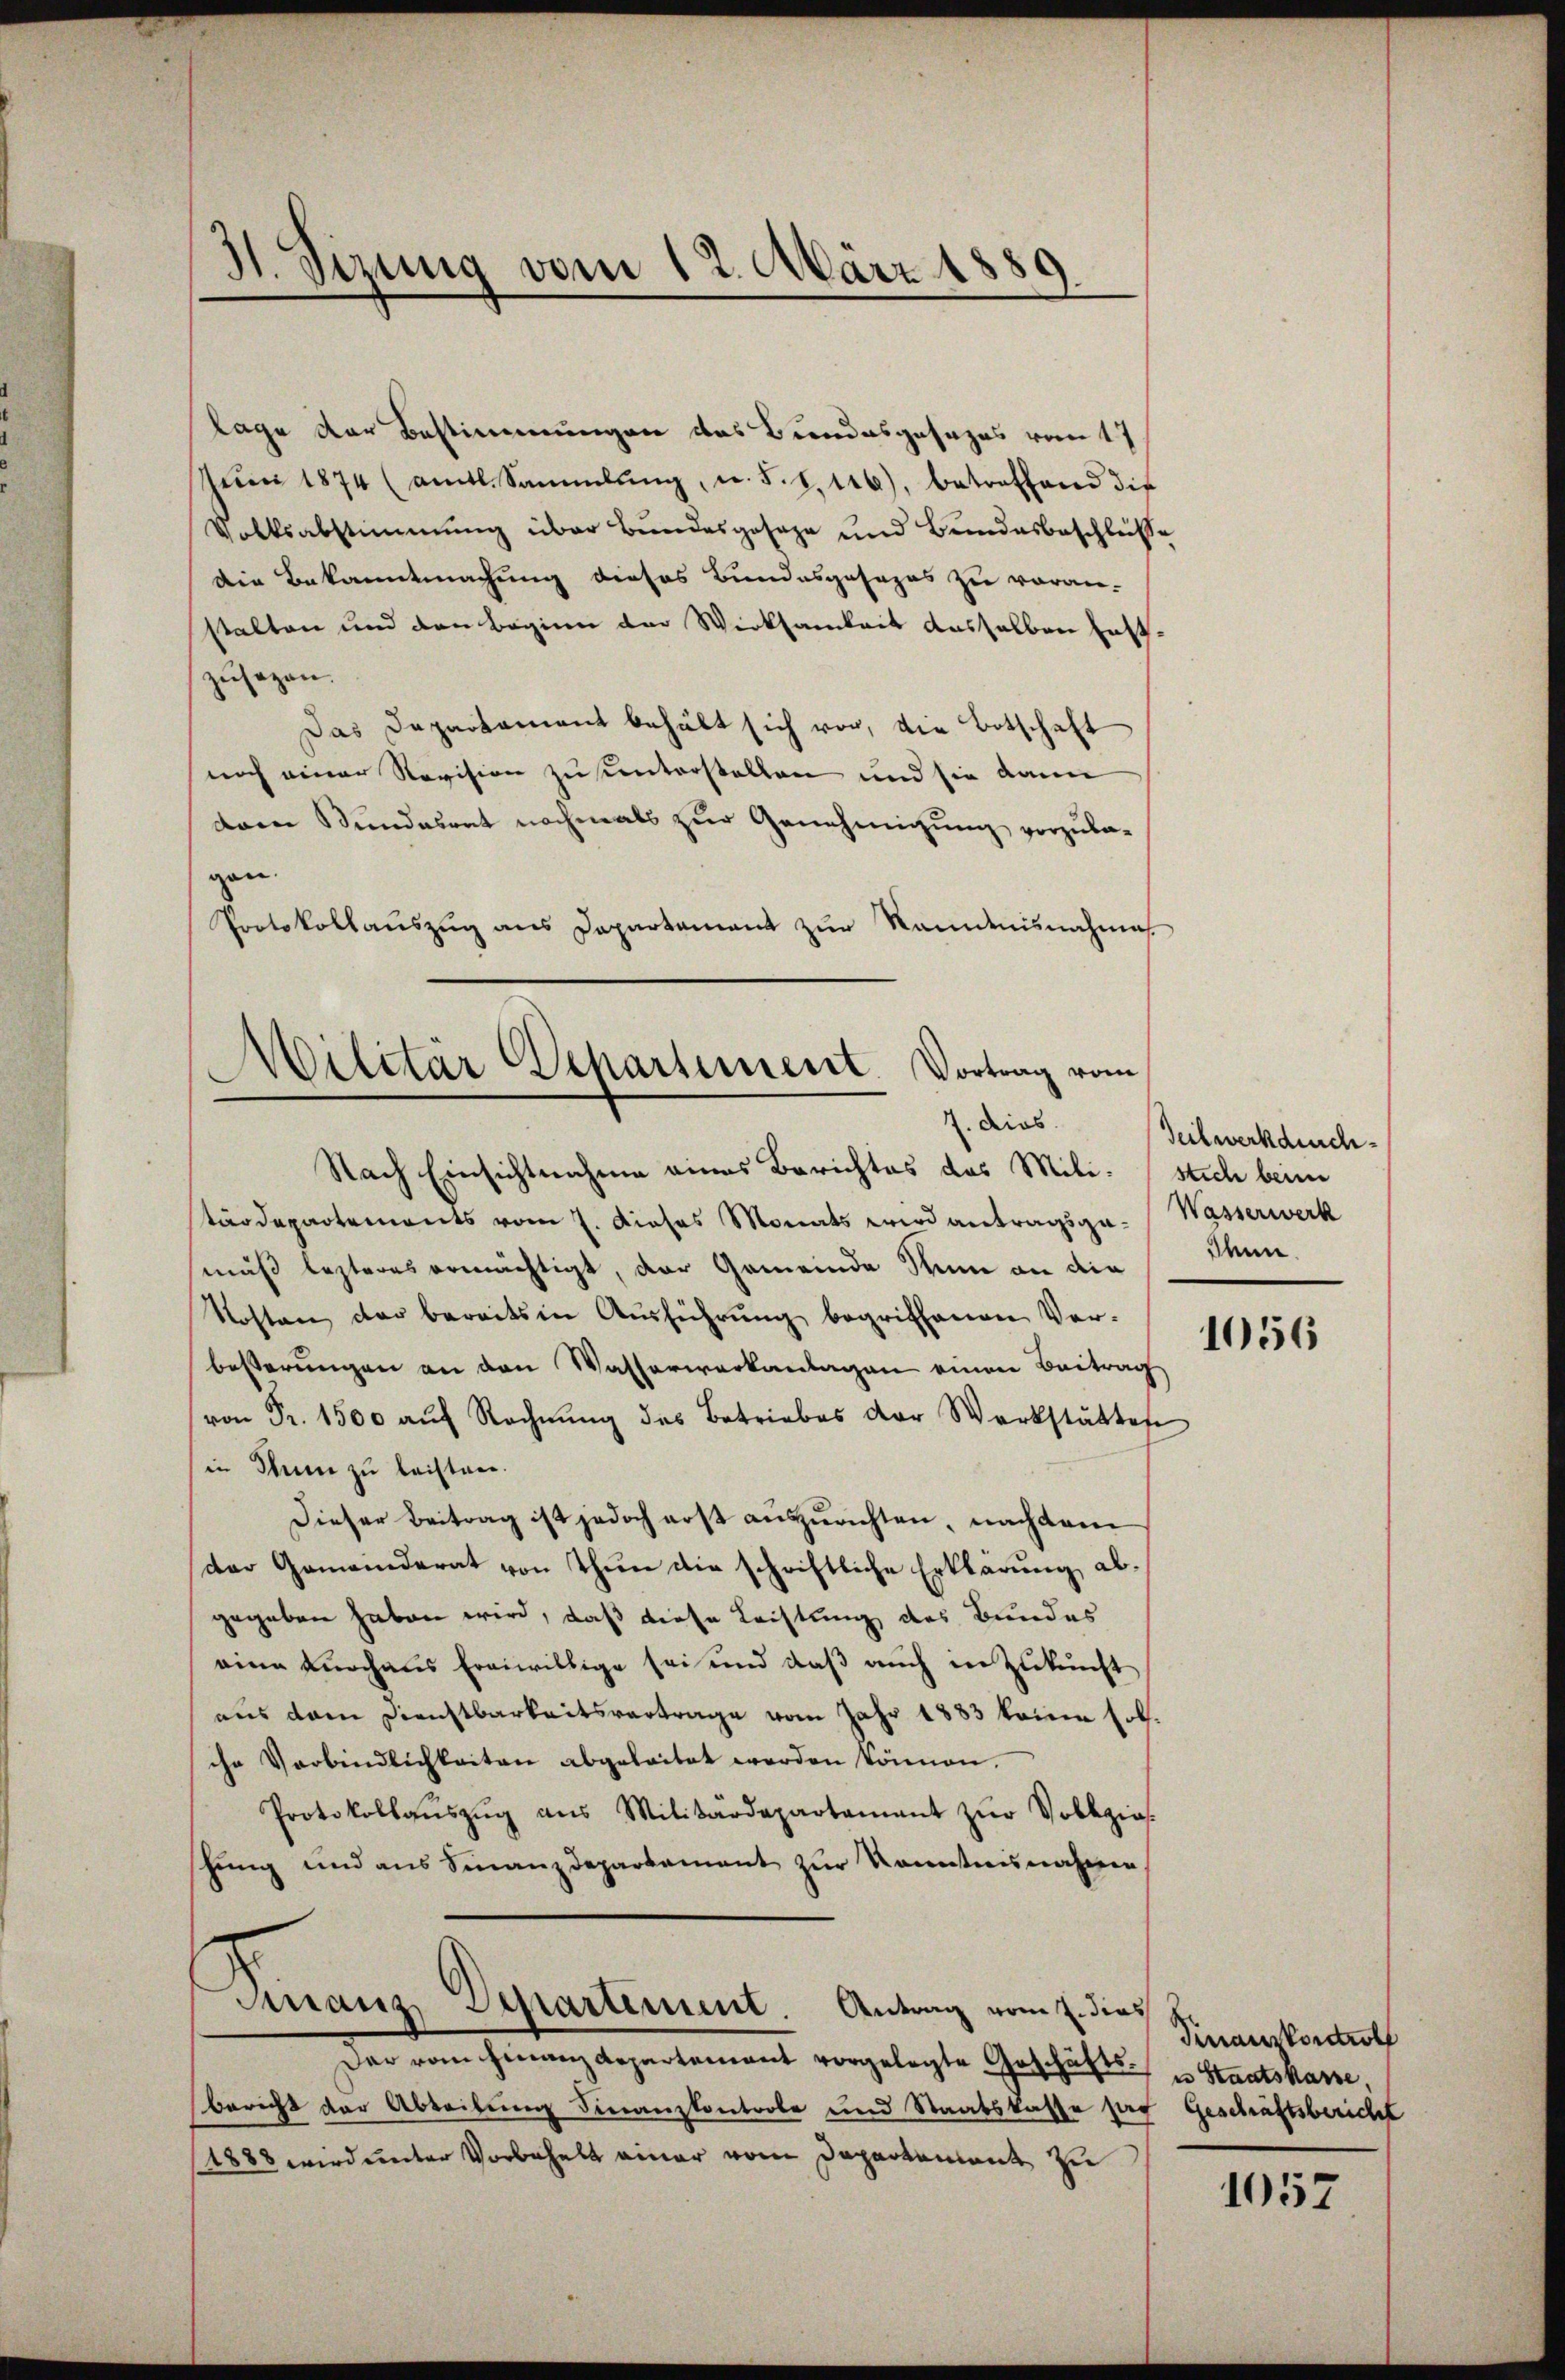
H. Sizung vom 12. März 1889

lage der Bestimmungen des Bundesgesezes von 17
Juni 1874 (amtl. Sammlung, u. S. S. 116), betreffend die
Volksabstimmung über Bundesgeseze und Bundesbeschlüße
Die Bekanntmachung dieses Bundesgesezes zu voran-
stalten und den Beginn der Wirksamkeit dasselben festzusagen.
Das Departament behält sich vor, die Botschaft
noch einer Revision zu unterstellen und sie dann
dren Bundesrat nochmals zur Genehmigung vorzula-
gen.
Protokollauszug aus Departement zur Kenntnisnahme
Militär Departement. Vortrag vom
Z. dies
Nach Einsichtnahme eines Berichtes das Mili-stich beim
tärdepartements vom 7. Dieses Monats wird antragsga- Wasserwerk
muß lezteres ermächtigt, der Gemeinde Sinn an die
Kosten der bereits in Aŭsführŭng begriffenen Ver-
besserungen an den Wasserwerkanlagen einen Beitrag

von Fr. 1500 aŭf Rechnŭng des Betriebes der Werkstättes
in Mann zu leisten.
Dieser Beitrag ist jedoch erst auszurichten, nachdem
der Gemeinderat von There die schriftliche Erklärung abgegeben haben wird, daß diese Leistung des Bundes
eine Knoch aus freiwillige sei und daß auch in Zukunft
aus dem Dienstbarkeitsvertrage vom Jahr 1883 keine soll.
che Verbindlichkeiten abgeleitet werden können.
Protokollaŭszŭg ans Militärdepartament zŭr Vollzias.
shung und aus Finanzdepartement zur Kenntnisnahme
Finanz Departement. Antrag vom 2. dies
Der vom Finanz Repartement vorgelegte Geschäfts- u Staatskasse
bericht der Abteilung Finanzkontrole und Staatskasse ses Geschäftsbericht
(1888 wird unter Vorbehalt einer vom Departement zu

Teilwerkdici¬
Ienn.

1056

Finanzkontroll

1057